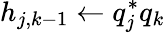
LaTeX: h_{j,k-1}\leftarrow q_{j}^{*}q_{k}